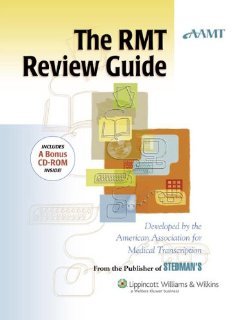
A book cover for The AAMT RMT Review Guide [Paperback] [2006] 1st Ed. American Association for Medical Transcription (AAMT); American Association for Medical Transcription (AAMT); Medical Books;